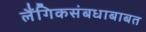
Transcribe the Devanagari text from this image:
लैंगिकसंबधाबाबत